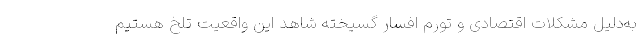
به‌دلیل مشکلات اقتصادی و تورم افسار گسیخته شاهد این واقعیت تلخ هستیم